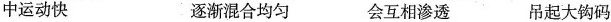
中运动快 逐渐混合均匀 会互相渗透 吊起大钩码